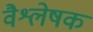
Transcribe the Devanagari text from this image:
वैश्लेषक